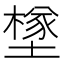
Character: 𡑻